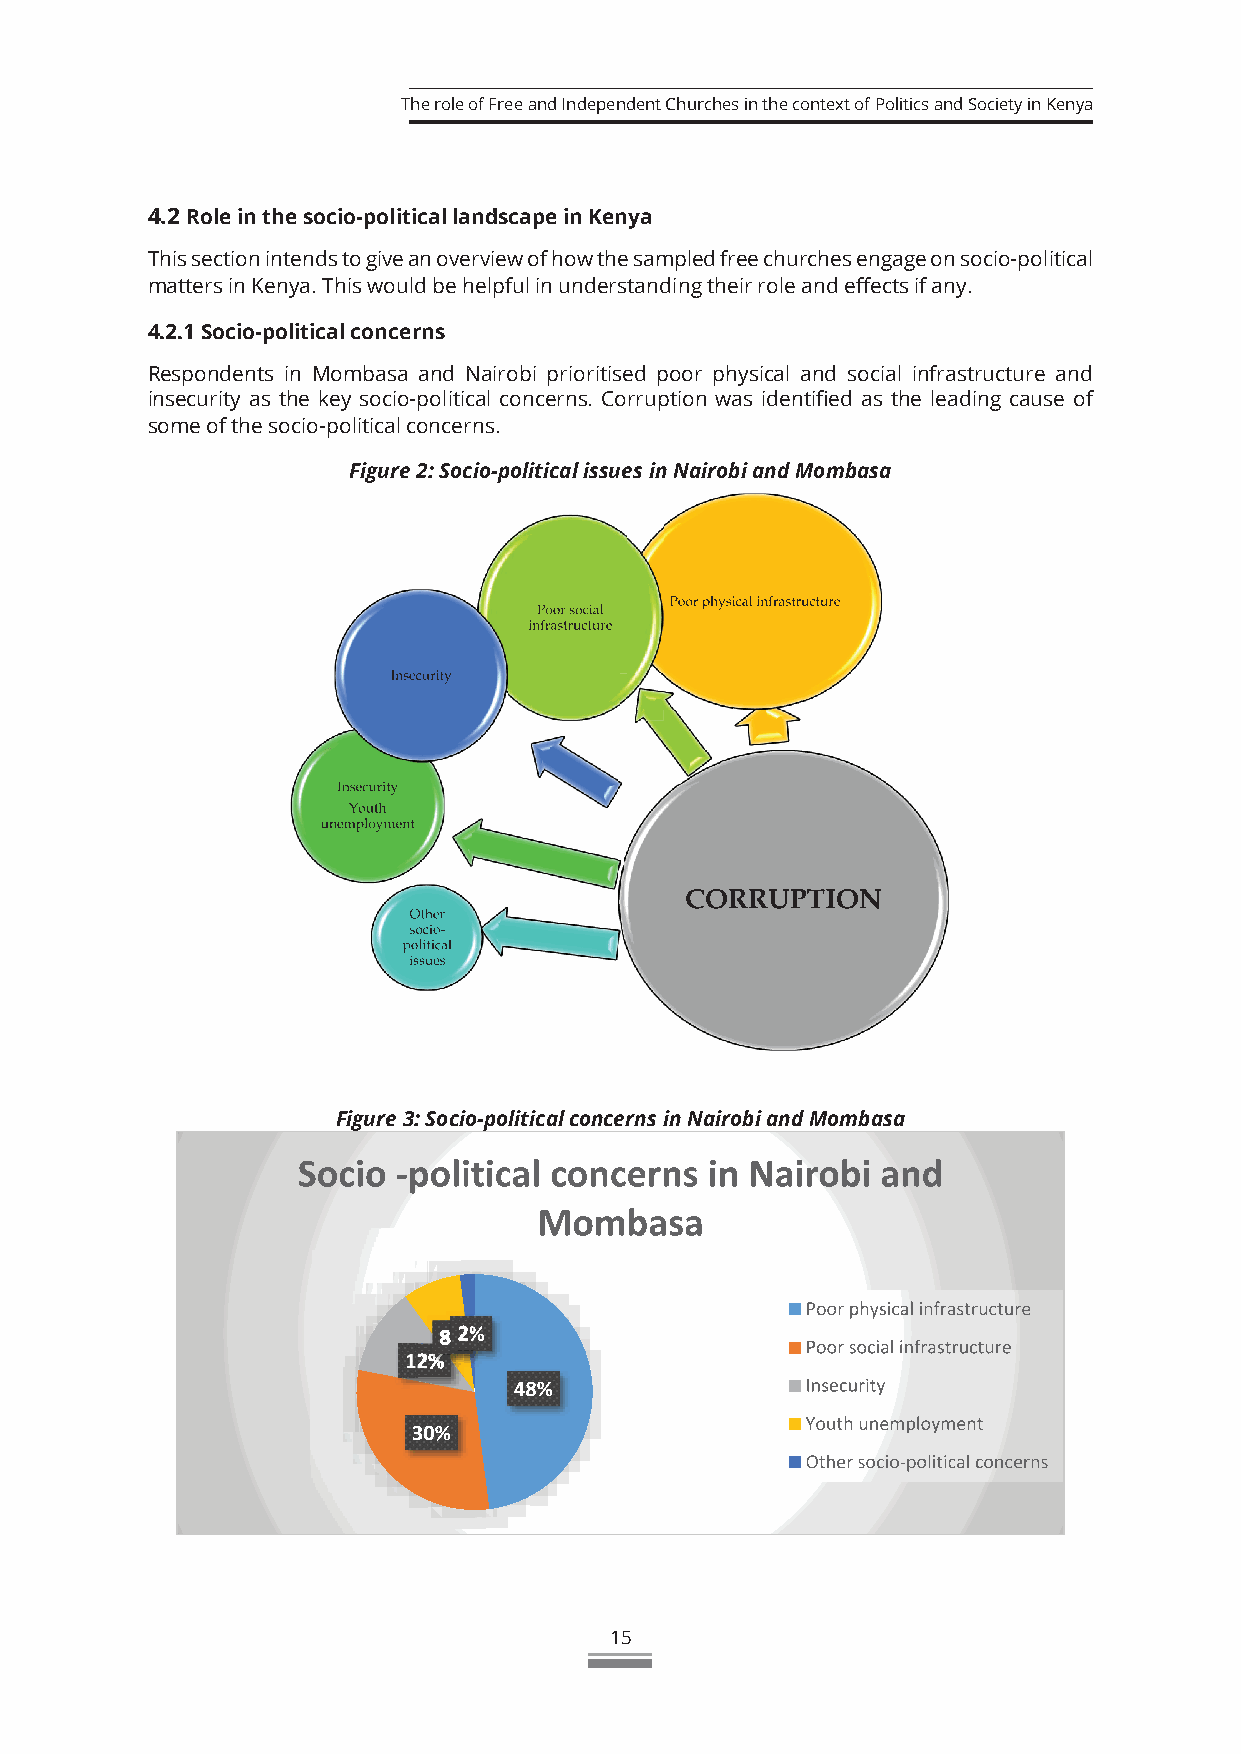
The role of Free and Independent Churches in the context of Politics and Society in Kenya
 4.2 Role in the socio-political landscape in Kenya
 This section intends to give an overview of how the sampled free churches engage on socio-political
 matters in Kenya. This would be helpful in understanding their role and effects if any.
 4.2.1 Socio-political concerns
 Respondents in Mombasa and Nairobi prioritised poor physical and social infrastructure and
 insecurity as the key socio-political concerns. Corruption was identified as the leading cause of
 some of the socio-political concerns.
 Figure 2: Socio-political issues in Nairobi and Mombasa
 Figure 3: Socio-political concerns in Nairobi and Mombasa
 15